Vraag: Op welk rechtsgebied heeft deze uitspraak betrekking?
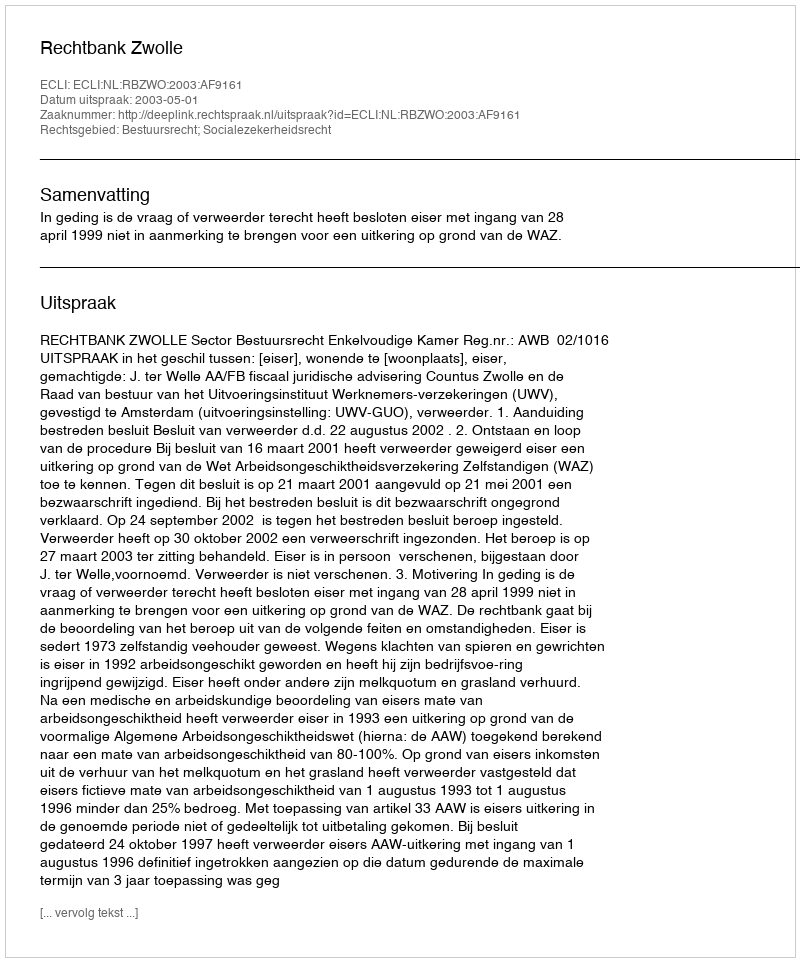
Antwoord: Bestuursrecht; Socialezekerheidsrecht